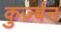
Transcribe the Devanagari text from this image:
कुर्ज़्बन